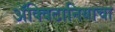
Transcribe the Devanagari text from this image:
ॲक्विटानियाचा